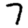
Digit: 7